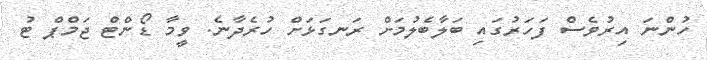
ހުންނަ އިރުވެސް ފަހަރުގައި ބަލާބެލުމަށް ރަނގަޅަށް ހުރެދާނެ. ވީމާ ޑޯންޓް ޖަމްޕް ޓު